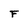
Character: F